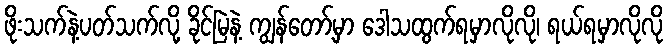
ဖိုးသက်နဲ့ပတ်သက်လို့ ခိုင်မြဲနဲ့ ကျွန်တော့်မှာ ဒေါသထွက်ရမှာလိုလို၊ ရယ်ရမှာလိုလို